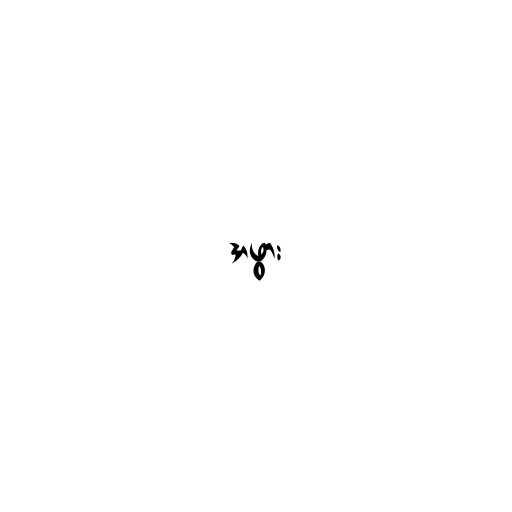
အဖွား